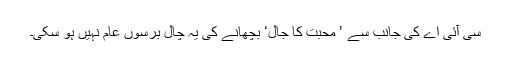
سی آئی اے کی جانب سے ’ محبت کا جال‘ بچھانے کی یہ چال برسوں عام نہیں ہو سکی۔